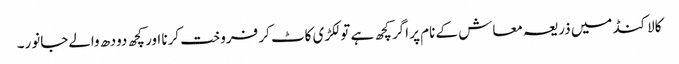
کالاکنڈ میں ذریعہ معاش کے نام پر اگر کچھ ہے تو لکڑی کاٹ کر فروخت کرنا اور کچھ دودھ والےجانور۔